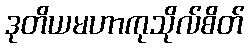
ဒုတိယမဟာကုသိုလ်စိတ်